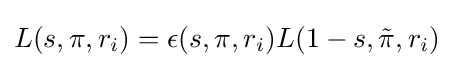
L(s,\pi ,r_{i})=\epsilon (s,\pi ,r_{i})L(1-s,{\tilde {\pi }},r_{i})